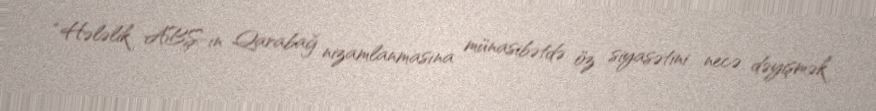
“Hələlik ABŞ-ın Qarabağ nizamlanmasına münasibətdə öz siyasətini necə dəyişmək